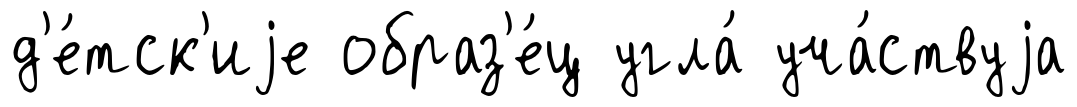
д'е́тск'иjе образ'е́ц угла́ уча́ствуjа